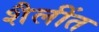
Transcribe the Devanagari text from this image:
शैलींत